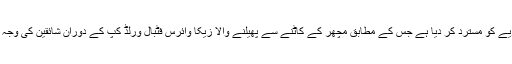
اس تحقیق نے اس مقبول نظریے کو مسترد کر دیا ہے جس کے مطابق مچھر کے کاٹنے سے پھیلنے والا زیکا وائرس فٹبال ورلڈ کپ کے دوران شائقین کی وجہ سے جنوبی امریکہ پہنچا تھا۔